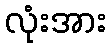
လုံးအား